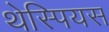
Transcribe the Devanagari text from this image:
थेस्पियस